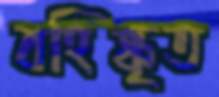
বহিষ্কৃত